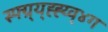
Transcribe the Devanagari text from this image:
स्फ्ग्र्य्ह्ह्य्व्४ग